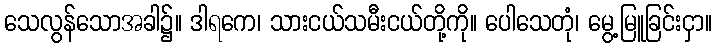
သေလွန်သောအခါ၌။ ဒါရကေ၊ သားငယ်သမီးငယ်တို့ကို။ ပေါသေတုံ၊ မွေ့မြူခြင်းငှာ။